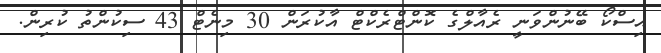
އިސްކޯ ބޭނުންވަނީ ރެއާލްގެ ކޮންޓްރެކްޓް އާކުރަން 30 މިނެޓް 43 ސިކުންތު ކުރިން.